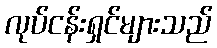
လုပ်ငန်းရှင်များသည်